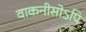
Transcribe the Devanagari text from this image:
वाकनीसोऽपि